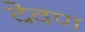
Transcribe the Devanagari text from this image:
देवण